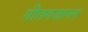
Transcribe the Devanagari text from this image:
गीतगजानन